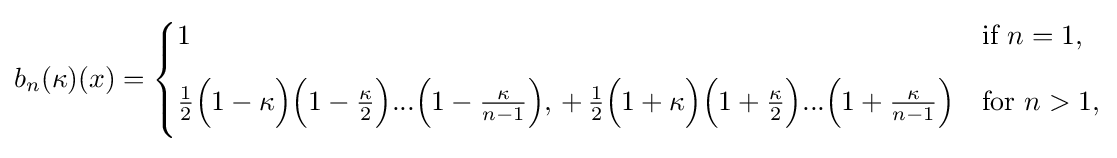
b_{n}(\kappa )(x)={\begin{cases}1&{\text{if }}n=1,\\[8pt]{\frac {1}{2}}{\Big (}1-\kappa {\Big )}{\Big (}1-{\frac {\kappa }{2}}{\Big )}...{\Big (}1-{\frac {\kappa }{n-1}}{\Big )},\,+\,{\frac {1}{2}}{\Big (}1+\kappa {\Big )}{\Big (}1+{\frac {\kappa }{2}}{\Big )}...{\Big (}1+{\frac {\kappa }{n-1}}{\Big )}&{\text{for }}n>1,\\[8pt]\end{cases}}